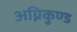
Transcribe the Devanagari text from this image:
अग्निकुण्ड